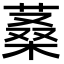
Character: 𦶿